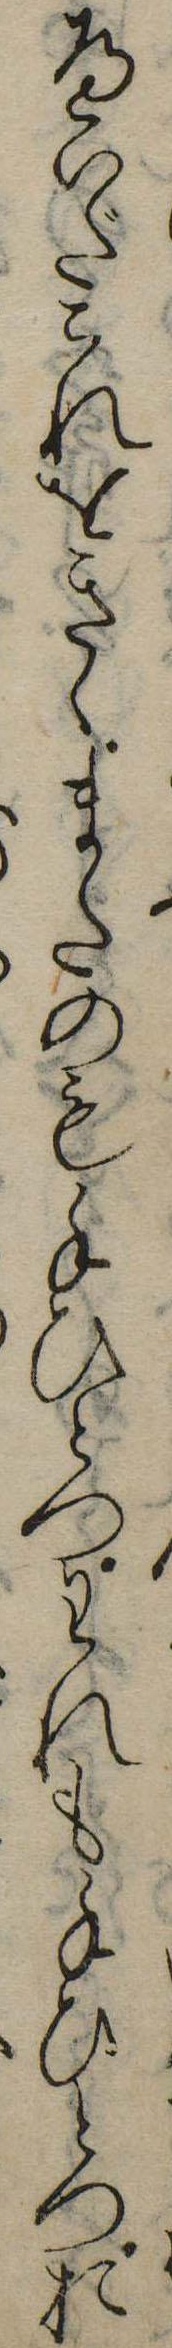
へいだこれをきゝまたのも手ひとつわれも手ひとつお